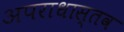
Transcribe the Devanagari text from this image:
अपराधास्तव